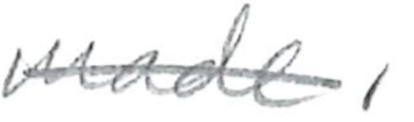
Text: made.
Cross-out: single-line
Writing tool: pencil